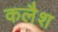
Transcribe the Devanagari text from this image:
कलैश